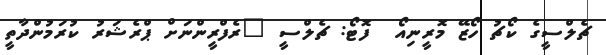
ޗެލްސީގެ ކޯޗު ހޯޒޭ މޮރީނިއޯ  ފޮޓޯ: ޗެލްސީ "ރެފްރީންނަށް ޕްރެޝަރު ކުރަމުންދާތީ